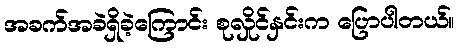
အခက်အခဲရှိခဲ့ကြောင်း စုလှိုင်နှင်းက ပြောပါတယ်။